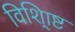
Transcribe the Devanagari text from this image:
विशि्ाष्ट